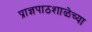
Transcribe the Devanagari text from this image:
प्राज्ञपाठशाळेच्या